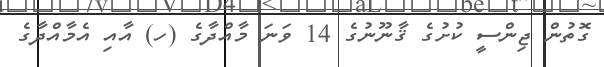
ގޮތުން ޖިންސީ ކުށުގެ ޤާނޫނުގެ 14 ވަނަ މާއްދާގެ (ހ) އާއި އެމާއްދާގެ